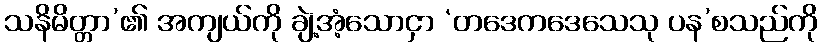
သနိမိတ္တာ’၏ အကျယ်ကို ချဲ့အံ့သောငှာ ‘တဒေကဒေသေသု ပန’စသည်ကို